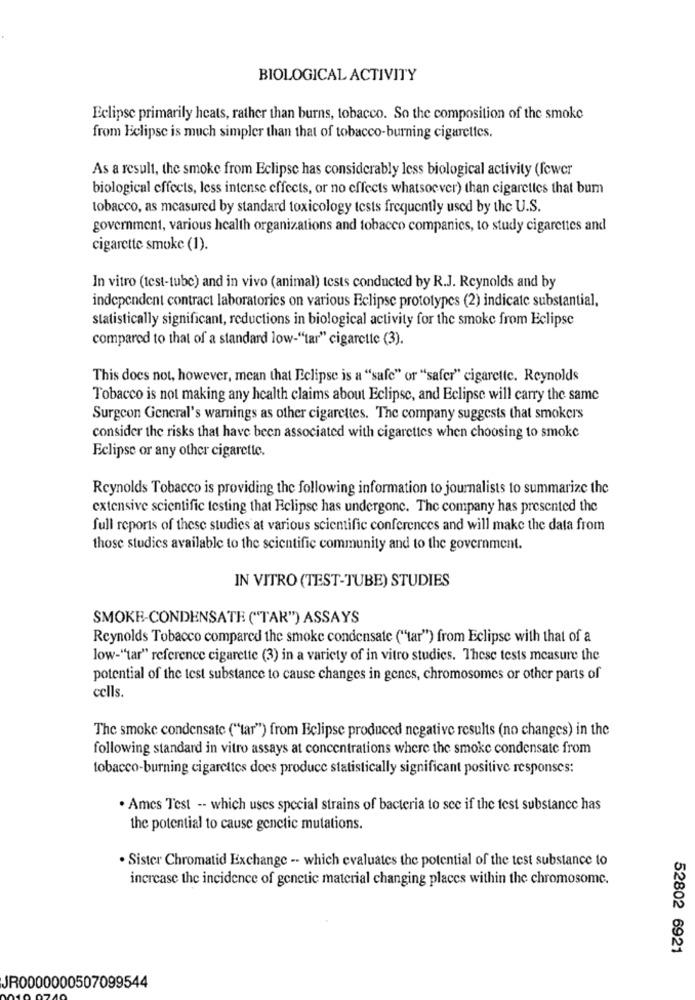
BIOLOGICAL ACTIVITY
Eclipse primarily heats, rather than burns, tobacco. So the composition of the smoke
from Eclipse is much simpler than that of tobacco-burning cigarettes.
As a result, the smoke from Eclipse has considerably less biological activity (fewer
biological effects, less intense effects, or no effects whatsoever) than cigarettes that bum
tobacco, as measured by standard toxicology tests frequently used by the U.S.
government, various health organizations and tobacco companies, to study cigarettes and
cigarette smoke (1).
In vitro (test-tube) and in vivo (animal) tests conducted by R.J. Reynolds and by
independent contract laboratories on various Eclipse prototypes (2) indicate substantial,
statistically significant, reductions in biological activity for the smoke from Eclipse
compared to that of a standard low-"tar" cigarette (3).
This does not, however, mean that Eclipse is a "safe" or "safer" cigarette. Reynolds
Tobacco is not making any health claims about Eclipse, and Eclipse will carry the same
Surgeon General's warnings as other cigarettes. The company suggests that smokers
consider the risks that have been associated with cigarettes when choosing to smoke
Eclipse or any other cigarette.
Reynolds Tobacco is providing the following information to journalists to summarize the
extensive scientific testing that Eclipse has undergone. The company has presented the
full reports of these studies at various scientific conferences and will make the data from
those studies available to the scientific community and to the government.
IN VITRO (TEST-TUBE) STUDIES
SMOKE-CONDENSATE ("TAR") ASSAYS
Reynolds Tobacco compared the smoke condensate ("tar") from Eclipse with that of a
low-"tar" reference cigarette (3) in a variety of in vitro studies. These tests measure the
potential of the test substance to cause changes in genes, chromosomes or other parts of
cells.
The smoke condensate ("tar") from Eclipse produced negative results (no changes) in the
following standard in vitro assays at concentrations where the smoke condensate from
tobacco-burning cigarettes does produce statistically significant positive responses:
. Ames Test -- which uses special strains of bacteria to see if the test substance has
the potential to cause genetic mutations.
. Sister Chromatid Exchange -- which evaluates the potential of the test substance to
increase the incidence of genetic material changing places within the chromosome.
52802 6921
JR0000000507099544